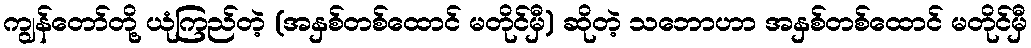
ကျွန်တော်တို့ ယုံကြည်တဲ့ (အနှစ်တစ်ထောင် မတိုင်မှီ) ဆိုတဲ့ သဘောဟာ အနှစ်တစ်ထောင် မတိုင်မှီ